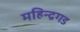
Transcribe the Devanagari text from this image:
महिन्द्रगड